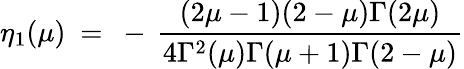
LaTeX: \eta_{1}(\mu)~=~-\, \frac{(2\mu-1)(2-\mu)\Gamma(2\mu)}{4\Gamma^{2}(\mu)\Gamma(\mu+1)\Gamma(2-\mu)}